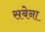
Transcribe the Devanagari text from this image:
सबेना